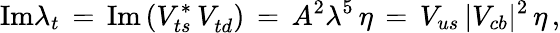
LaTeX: \mathrm{Im}\lambda_{t}\, =\, \mathrm{Im}\, (V_{ts}^{*}\, V_{td}^{})\, =\, A^{2}\lambda^{5}\, \eta\, =\, V_{us}\, |V_{cb}|^{2}\, \eta\, ,